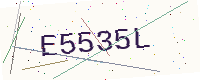
Text: E5535L